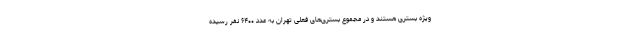
ویژه بستری هستند و در مجموع بستری‌های فعلی تهران به عدد ۶۴۰۰ نفر رسیده